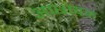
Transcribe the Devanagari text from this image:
आधायक